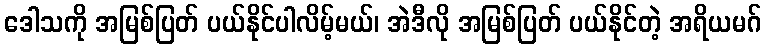
ဒေါသကို အမြစ်ပြတ် ပယ်နိုင်ပါလိမ့်မယ်၊ အဲဒီလို အမြစ်ပြတ် ပယ်နိုင်တဲ့ အရိယမဂ်